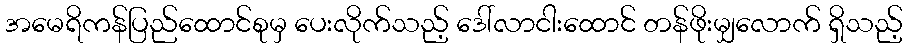
အမေရိကန်ပြည်ထောင်စုမှ ပေးလိုက်သည့် ဒေါ်လာငါးထောင် တန်ဖိုးမျှလောက် ရှိသည့်